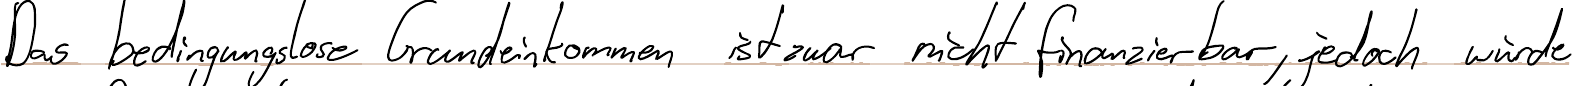
Das bedingungslose Grundeinkommen ist zwar nicht finanzierbar, jedoch würde